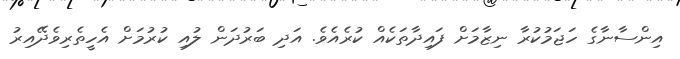
އިންސާނާގެ ހަޖަމުކުރާ ނިޒާމަށް ފައިދާތަކެއް ކުރެއެވެ. އަދި ބަރުދަން ލުއި ކުރުމަށް އެހީތެރިވެދޭއިރު